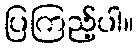
ပြကြည့်ပါ။